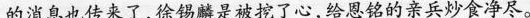
的消息也传来了，徐锡麟是被挖了心，给恩铭的亲兵炒食净尽。